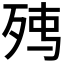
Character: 𭮉